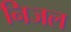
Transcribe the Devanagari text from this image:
निजल